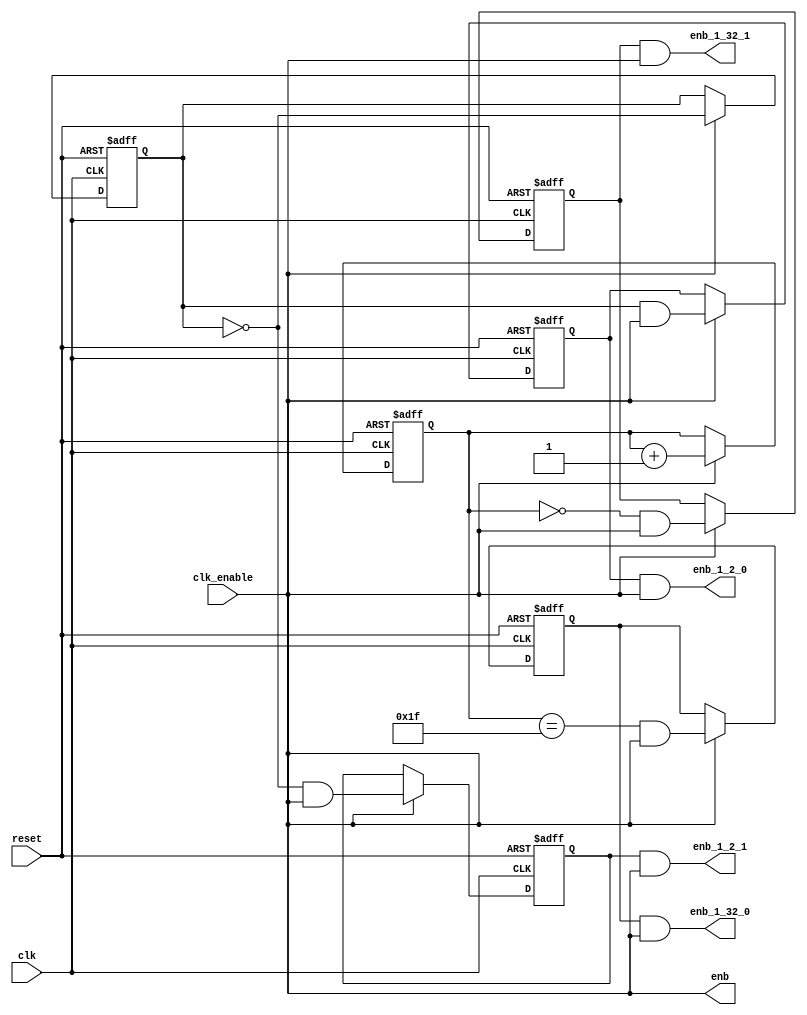
// -------------------------------------------------------------
// 
// 
// Generated by MATLAB 9.13 and HDL Coder 4.0
// 
// -------------------------------------------------------------


// -------------------------------------------------------------
// 
// Module: OFDM_UC_tc
// Source Path: OFDM_UC_tc
// Hierarchy Level: 1
// 
// Master clock enable input: clk_enable
// 
// enb         : identical to clk_enable
// enb_1_2_0   : 2x slower than clk with last phase
// enb_1_2_1   : 2x slower than clk with phase 1
// enb_1_32_0  : 32x slower than clk with last phase
// enb_1_32_1  : 32x slower than clk with phase 1
// 
// -------------------------------------------------------------

`timescale 1 ns / 1 ns

module OFDM_UC_tc
          (clk,
           reset,
           clk_enable,
           enb,
           enb_1_2_0,
           enb_1_2_1,
           enb_1_32_0,
           enb_1_32_1);


  input   clk;
  input   reset;
  input   clk_enable;
  output  enb;
  output  enb_1_2_0;
  output  enb_1_2_1;
  output  enb_1_32_0;
  output  enb_1_32_1;


  reg  count2;  // ufix1
  wire comp_0_tmp;
  wire phase_0_tmp;
  reg  phase_0;
  wire enb_1_2_0_1;
  wire comp_1_tmp;
  wire phase_1_tmp;
  reg  phase_1;
  wire enb_1_2_1_1;
  reg [4:0] count32;  // ufix5
  wire comp_0_tmp_1;
  wire phase_0_tmp_1;
  reg  phase_0_1;
  wire enb_1_32_0_1;
  wire comp_1_tmp_1;
  wire phase_1_tmp_1;
  reg  phase_1_1;
  wire enb_1_32_1_1;


  assign enb = clk_enable;

  // Count limited, Unsigned Counter
  //  initial value   = 1
  //  step value      = 1
  //  count to value  = 1
  always @(posedge clk or posedge reset)
    begin : counter_2_process
      if (reset == 1'b1) begin
        count2 <= 1'b1;
      end
      else begin
        if (clk_enable) begin
          count2 <=  ~ count2;
        end
      end
    end



  assign comp_0_tmp = count2 == 1'b1;



  assign phase_0_tmp = comp_0_tmp & clk_enable;



  always @(posedge clk or posedge reset)
    begin : phase_delay_process
      if (reset == 1'b1) begin
        phase_0 <= 1'b0;
      end
      else begin
        if (clk_enable) begin
          phase_0 <= phase_0_tmp;
        end
      end
    end



  assign enb_1_2_0_1 = phase_0 & clk_enable;



  assign enb_1_2_0 = enb_1_2_0_1;

  assign comp_1_tmp = count2 == 1'b0;



  assign phase_1_tmp = comp_1_tmp & clk_enable;



  always @(posedge clk or posedge reset)
    begin : phase_delay_1_process
      if (reset == 1'b1) begin
        phase_1 <= 1'b1;
      end
      else begin
        if (clk_enable) begin
          phase_1 <= phase_1_tmp;
        end
      end
    end



  assign enb_1_2_1_1 = phase_1 & clk_enable;



  assign enb_1_2_1 = enb_1_2_1_1;

  // Count limited, Unsigned Counter
  //  initial value   = 1
  //  step value      = 1
  //  count to value  = 31
  always @(posedge clk or posedge reset)
    begin : counter_32_process
      if (reset == 1'b1) begin
        count32 <= 5'b00001;
      end
      else begin
        if (clk_enable) begin
          count32 <= count32 + 5'b00001;
        end
      end
    end



  assign comp_0_tmp_1 = count32 == 5'b11111;



  assign phase_0_tmp_1 = comp_0_tmp_1 & clk_enable;



  always @(posedge clk or posedge reset)
    begin : phase_delay_2_process
      if (reset == 1'b1) begin
        phase_0_1 <= 1'b0;
      end
      else begin
        if (clk_enable) begin
          phase_0_1 <= phase_0_tmp_1;
        end
      end
    end



  assign enb_1_32_0_1 = phase_0_1 & clk_enable;



  assign enb_1_32_0 = enb_1_32_0_1;

  assign comp_1_tmp_1 = count32 == 5'b00000;



  assign phase_1_tmp_1 = comp_1_tmp_1 & clk_enable;



  always @(posedge clk or posedge reset)
    begin : phase_delay_3_process
      if (reset == 1'b1) begin
        phase_1_1 <= 1'b1;
      end
      else begin
        if (clk_enable) begin
          phase_1_1 <= phase_1_tmp_1;
        end
      end
    end



  assign enb_1_32_1_1 = phase_1_1 & clk_enable;



  assign enb_1_32_1 = enb_1_32_1_1;

endmodule  // OFDM_UC_tc